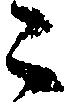
々